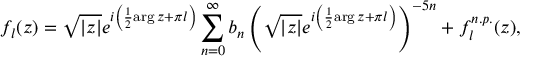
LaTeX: f _ { l } ( z ) = \sqrt { | z | } e ^ { i \left( { \frac { 1 } { 2 } } \mathrm { a r g } \, z + \pi l \right) } \sum _ { n = 0 } ^ { \infty } b _ { n } \left( \sqrt { | z | } e ^ { i \left( { \frac { 1 } { 2 } } \mathrm { a r g } \, z + \pi l \right) } \right) ^ { - 5 n } + f _ { l } ^ { n . p . } ( z ) ,